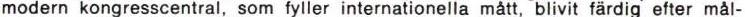
modern kongresscentral, som fyller internationella mått, blivit färdig efter mål-